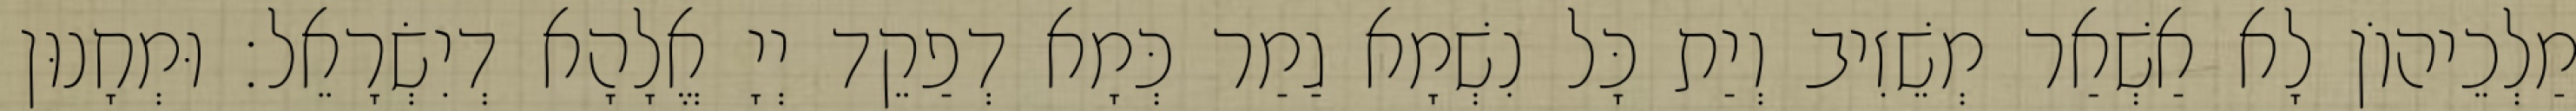
מַלְכֵיהוֹן לָא אַשְׁאַר מְשֵׁזִיב וְיַת כָּל נִשְׁמָא גַמַר כְּמָא דְפַקֵד יְיָ אֱלָהָא דְיִשְׂרָאֵל׃ וּמְחָנוּן